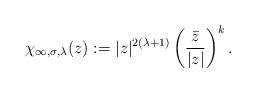
LaTeX: \begin{align*} \chi_{\infty,\sigma,\lambda}(z):=|z|^{2(\lambda+1)}\left(\frac{\bar{z}}{|z|}\right)^{k}.\end{align*}